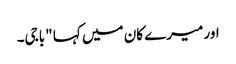
اور میرے کان میں کہا "باجی۔